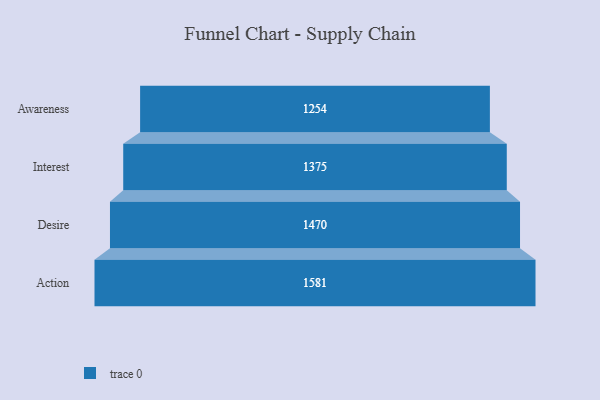
{"axis": {"x": "Stage", "y": "Value"}, "legend": [""], "data": [{"x": "Awareness", "y": 1254.0, "type": ""}, {"x": "Interest", "y": 1375.0, "type": ""}, {"x": "Desire", "y": 1470.0, "type": ""}, {"x": "Action", "y": 1581.0, "type": ""}]}